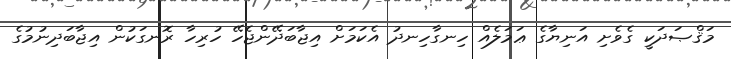
މަޤްޞަދަކީ ގެވެށި އަނިޔާގެ ޢަމަލެއް ހިނގާހިނދު އެކަމަށް އިޖާބަދޭންޖެހޭ ހުރިހާ ރޮނގަކުން އިޖާބަދިނުމުގެ